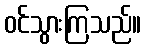
ဝင်သွားကြသည်။